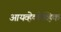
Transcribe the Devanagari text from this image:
आयव्हेकोव्हिक